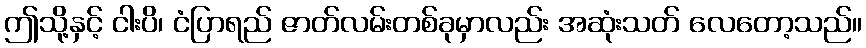
ဤသို့နှင့် ငါးပိ၊ ငံပြာရည် ဇာတ်လမ်းတစ်ခုမှာလည်း အဆုံးသတ် လေတော့သည်။